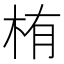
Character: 栯